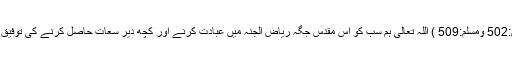
(بخاری:502 ومسلم:509 ) اللہ تعالی ہم سب کو اس مقدس جگہ ریاض الجنہ میں عبادت کرنے اور کچھ دیر سعات حاصل کرنے کی توفیق بخشے۔